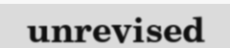
unrevised